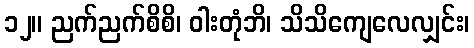
၁၂။ ညက်ညက်စိစိ၊ ဝါးတုံဘိ၊ သိသိကျေလေလျှင်း၊